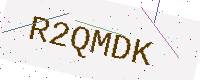
Text: R2QMDK